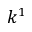
k ^ { 1 }